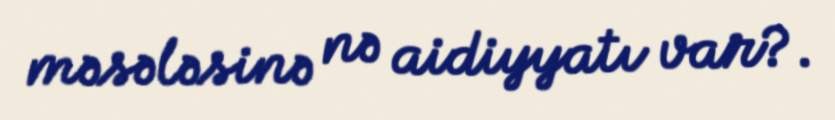
məsələsinə nə aidiyyatı var?.